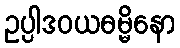
ဥပ္ပါဒဝယဓမ္မိနော